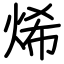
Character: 烯